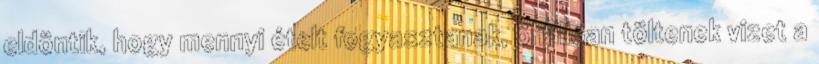
eldöntik, hogy mennyi ételt fogyasztanak, önállóan töltenek vizet a